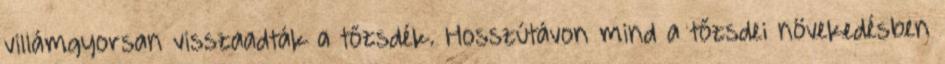
villámgyorsan visszaadták a tőzsdék. Hosszútávon mind a tőzsdei növekedésben